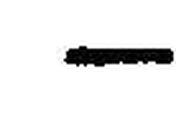
—